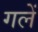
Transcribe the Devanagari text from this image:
गलें